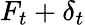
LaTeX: F_{t}+\delta_{t}